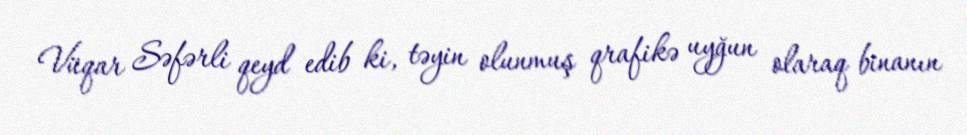
Vüqar Səfərli qeyd edib ki, təyin olunmuş qrafikə uyğun olaraq binanın